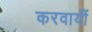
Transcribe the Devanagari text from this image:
करवायीं